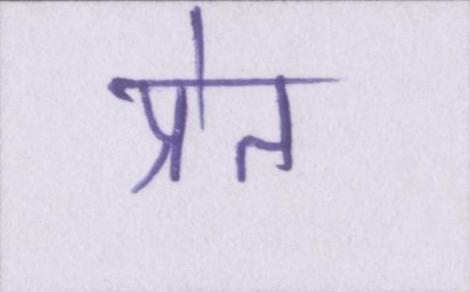
प्रेत